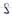
Text: S